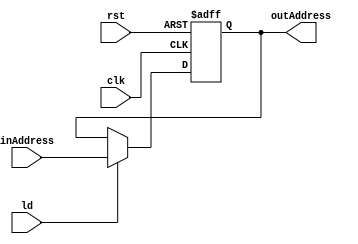
module PC(
  input clk,
  input rst,
  input ld,
  input [12:0]inAddress,
  output reg[12:0] outAddress
);
  always @(posedge clk, posedge rst)begin
    if (rst)
      outAddress <= 13'b0;
    else 
      if (ld)
        outAddress <= inAddress;
      else
        outAddress <= outAddress;
  end
endmodule

module PCTB();
  reg clk, rst, ld;
  reg [12:0]inAddress;
  wire [12:0]outAddress;
  
  PC pc(clk, rst, ld, inAddress, outAddress);
  initial begin
	  clk=0;
    repeat (40)
    #200 clk=~clk;
	end
  
  initial begin
    rst = 1; 
    #400;
    rst = 0; 
    ld = 1;
    inAddress = 13'b0000000111111;
    #400;
    inAddress = 13'b0000001111111;
    #400;
    ld = 0;
    inAddress = 13'b0000000111111;
    #400;
    inAddress = 13'b0000001111111;
    #400;
  end
endmodule